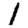
Digit: 1